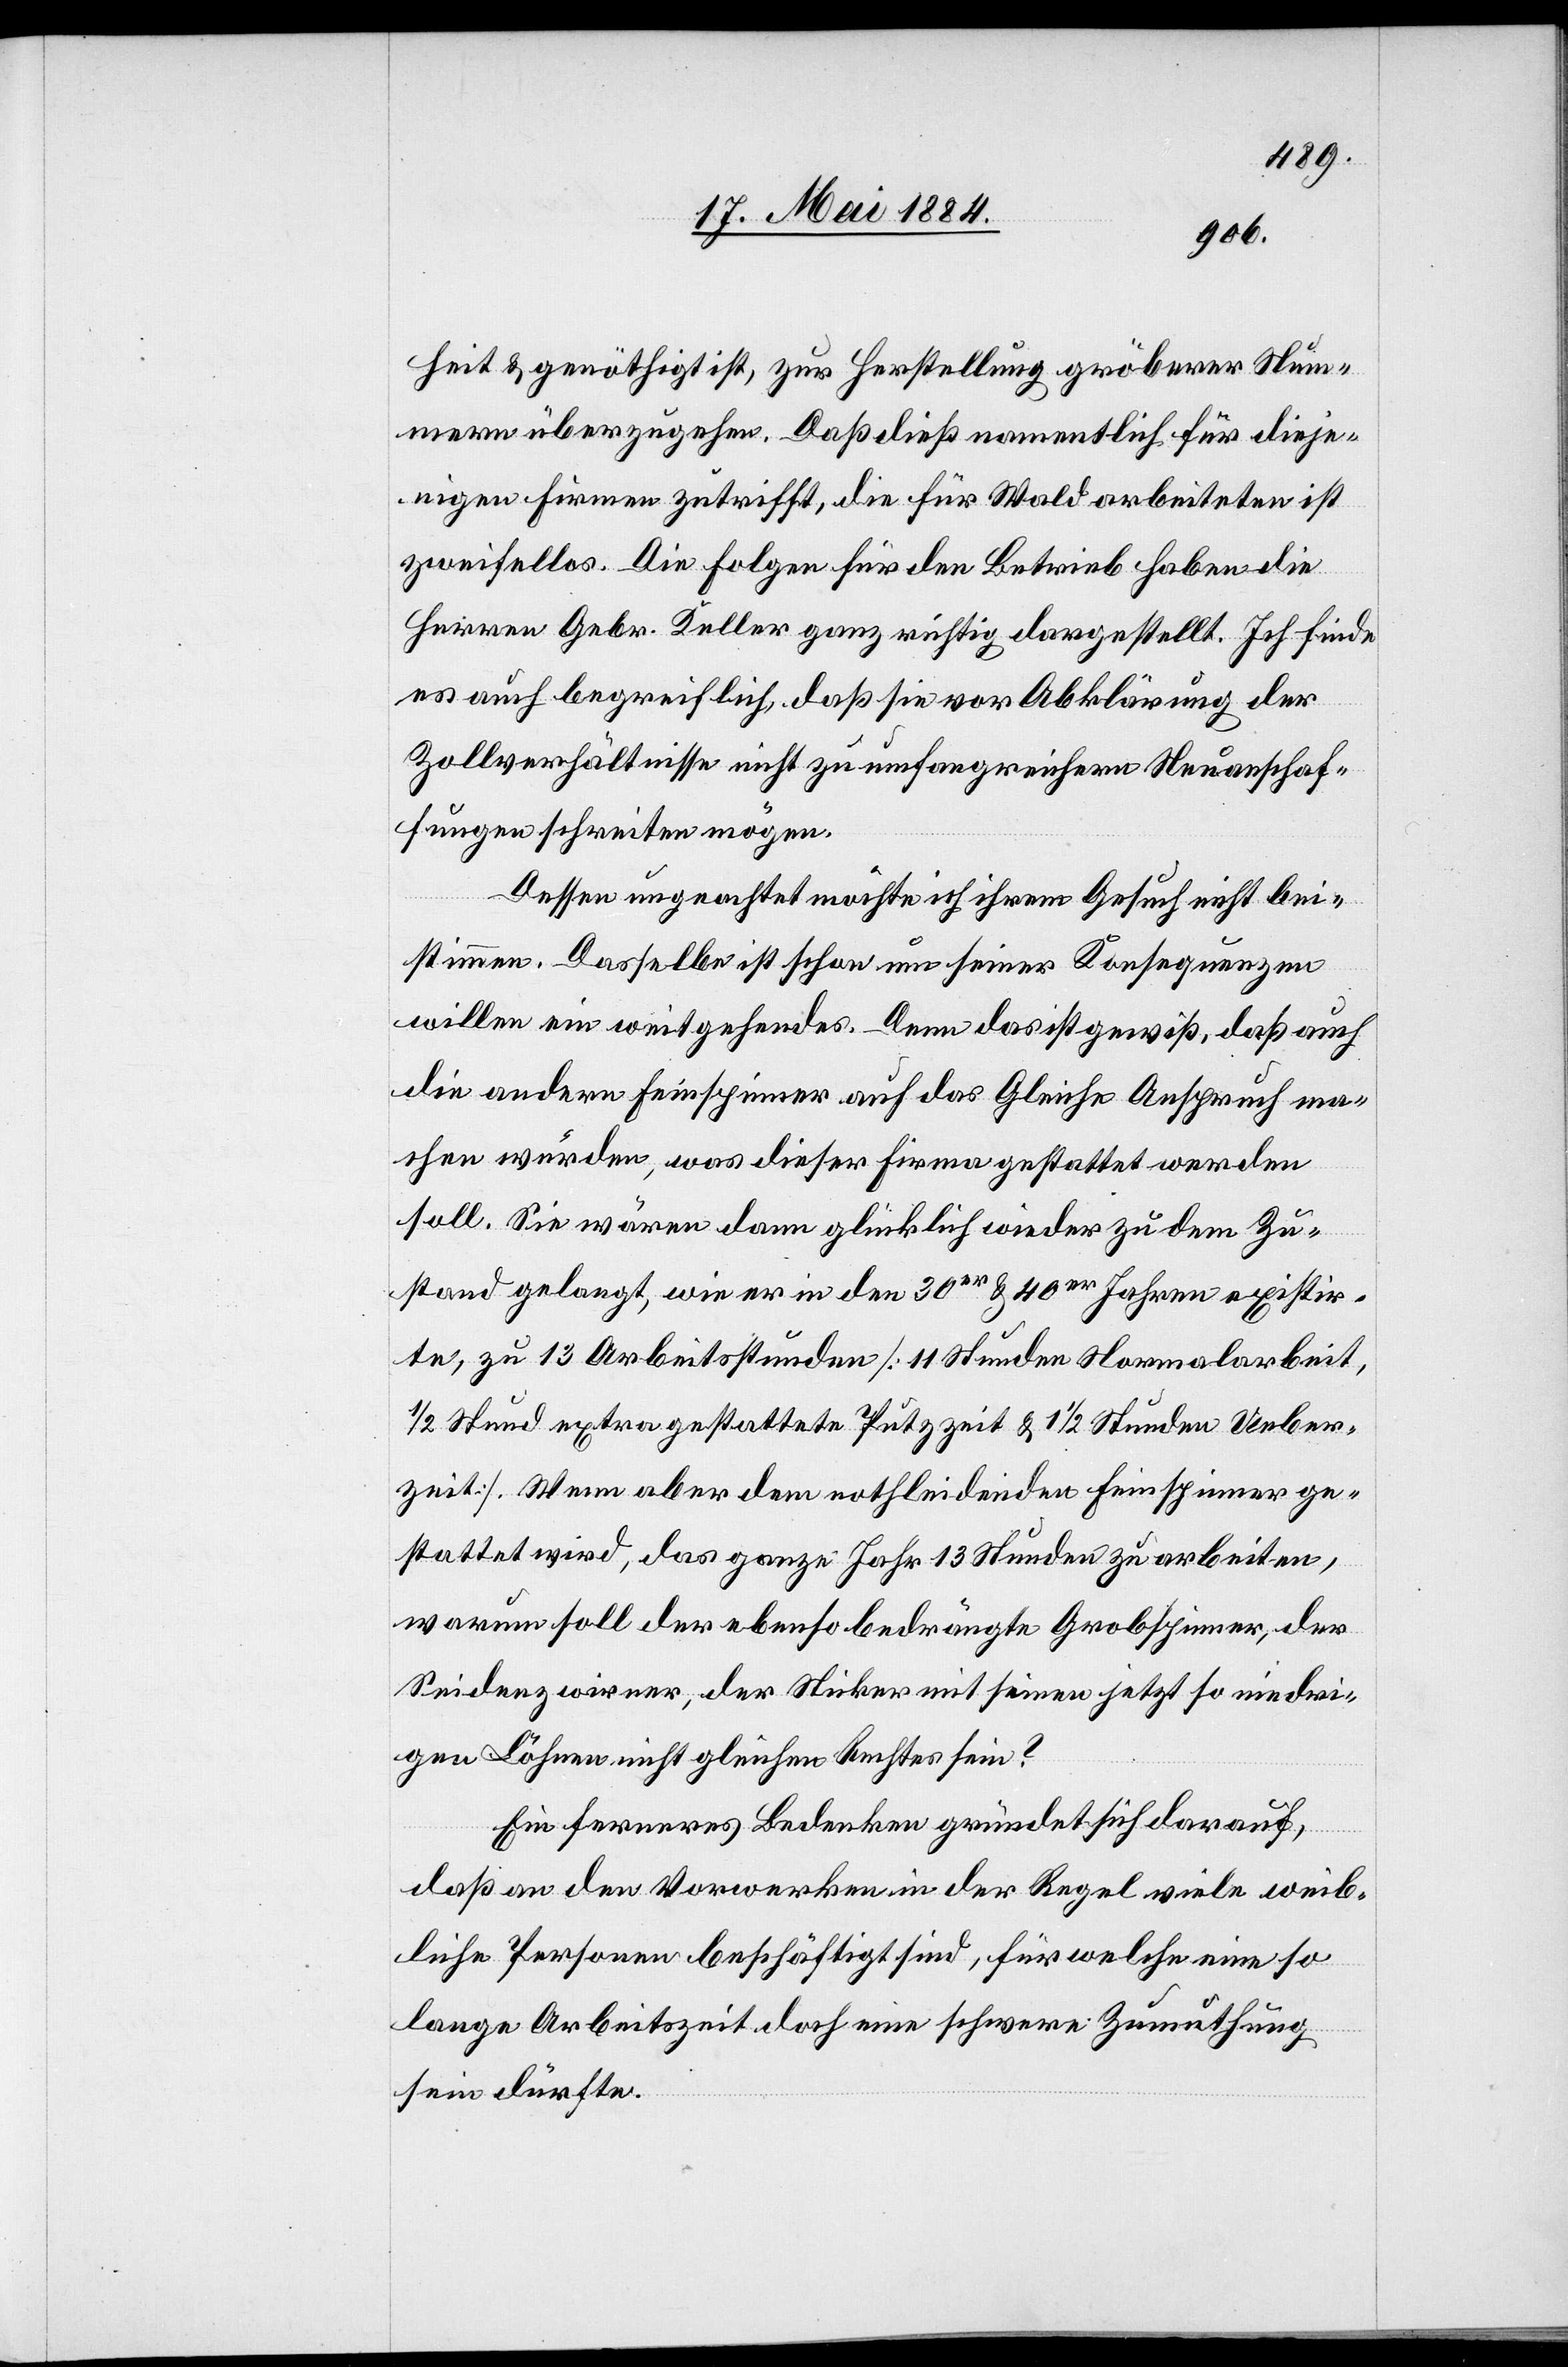
heit & genöthigt ist, zur Herstellung gröberer Num¬
mern überzugehen. Daß dieß namentlich für dieje¬
nigen Firmen zutrifft, die für Wald arbeiteten ist
zweifellos. Die Folgen für den Betrieb haben die
Herren Gebr. Keller ganz richtig dargestellt. Ich finde
es auch begreiflich, daß sie vor Abklärung der
Zollverhältnisse nicht zu umfangreichern Neuanschaf¬
fungen schreiten mögen.
Dessen ungeachtet möchte ich ihrem Gesuch nicht bei¬
stimmen. Dasselbe ist schon um seiner Konsequenzen
willen ein weitgehendes. Denn das ist gewiß, daß auch
die andern Feinspinner auf das Gleiche Anspruch ma¬
chen würden, was dieser Firma gestattet werden
soll. Sie wären dann glücklich wieder zu dem Zu¬
stand gelangt, wie er in den 30er & 40er Jahren existir¬
te, zu 13 Arbeitsstunden [11 Stunden Normalarbeit,
1/2 Stund[e] extra gestattete Putzzeit & 1 1/2 Stunden Ueber¬
zeit]. Wenn aber dem nothleidenden Feinspinner ge¬
stattet wird, das ganze Jahr 13 Stunden zu arbeiten,
warum soll der ebenso bedrängte Grobspinner, der
Seidenzwirner, der Sticker mit seinen jetzt so niedri¬
gen Löhnen nicht gleichen Rechtes sein?
Ein ferneres Bedenken gründet sich darauf,
daß an den Vorwerken in der Regel viele weib¬
liche Personen beschäftigt sind, für welche eine so
lange Arbeitszeit doch eine schwere Zumuthung
sein dürfte.